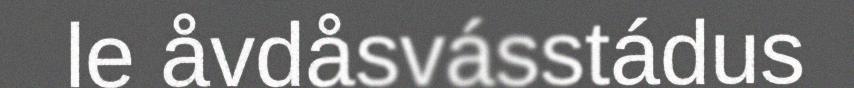
le åvdåsvásstádus